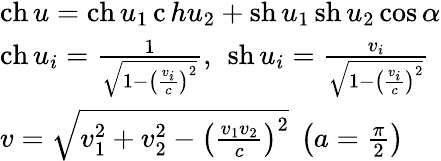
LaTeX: \begin{array}{l}{\operatorname{ch}{u}=\operatorname{ch}{u_{1}}\operatorname{c}h{u_{2}}+\operatorname{sh}{u_{1}}\operatorname{sh}{u_{2}}\cos\alpha}\\ {\operatorname{ch}{u_{i}}={\frac{1}{\sqrt{1-\left({\frac{v_{i}}{c}}\right)^{2}}}},\ \operatorname{sh}{u_{i}}={\frac{v_{i}}{\sqrt{1-\left({\frac{v_{i}}{c}}\right)^{2}}}}}\\ {v={\sqrt{v_{1}^{2}+v_{2}^{2}-\left({\frac{v_{1}v_{2}}{c}}\right)^{2}}}\ \left(a={\frac{\pi}{2}}\right)}\end{array}